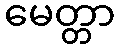
မေတ္တာ